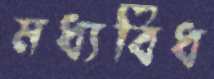
মধ্যবিধ